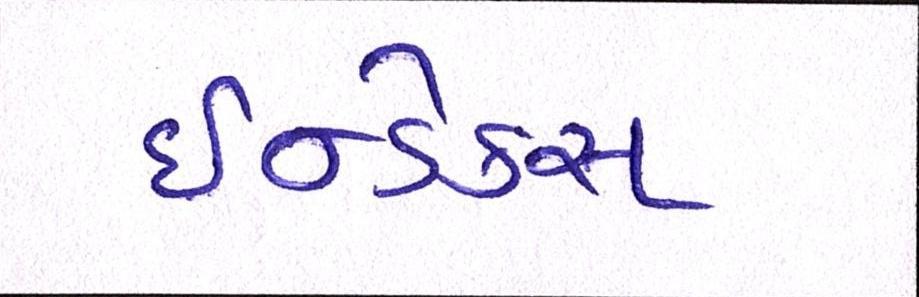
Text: ઇન્ડેક્સ